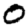
Digit: 0